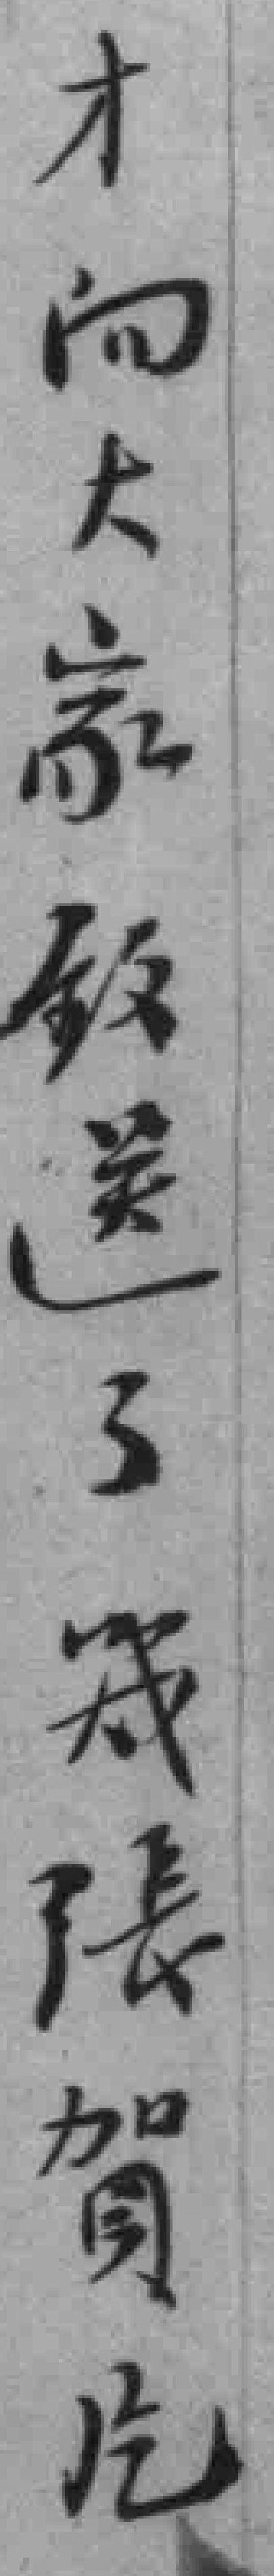
才向大家致送了幾張贺片